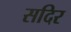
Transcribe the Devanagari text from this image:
सदिर